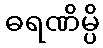
ဓရဏိမ္ပိ